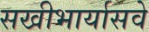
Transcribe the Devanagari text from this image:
सखीभार्यासवे